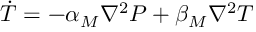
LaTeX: \dot { T } = - \alpha _ { M } \nabla ^ { 2 } P + \beta _ { M } \nabla ^ { 2 } T